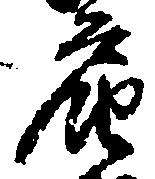
届